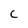
Character: C